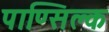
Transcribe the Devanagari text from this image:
पाण्सिल्क